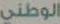
الوطني